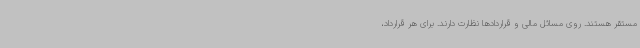
مستقر هستند. روی مسائل مالی و قراردادها نظارت دارند. برای هر قرارداد،